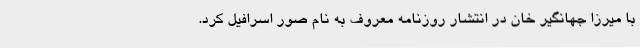
با میرزا جهانگیر خان در انتشار روزنامه معروف به نام صور اسرافیل کرد.